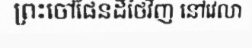
ព្រះចៅផែនដីថៃវិញ នៅវេលា